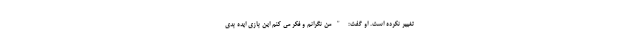
تغییر نکرده است. او گفت: "من نگرانم و فکر می کنم این بازی ایده بدی